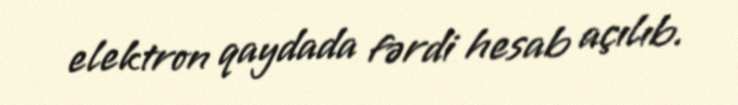
elektron qaydada fərdi hesab açılıb.